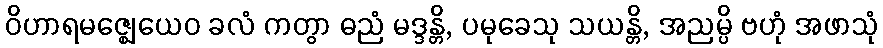
ဝိဟာရမဇ္ဈေယေဝ ခလံ ကတွာ ဓညံ မဒ္ဒန္တိ, ပမုခေသု သယန္တိ, အညမ္ပိ ဗဟုံ အဖာသုံ